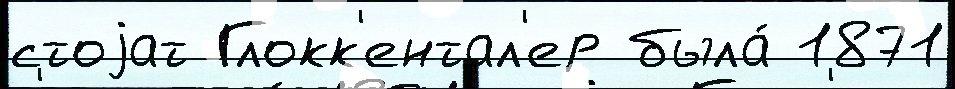
стоjат Глокк'ентал'ер была́ 1871